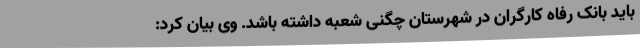
باید بانک رفاه کارگران در شهرستان چگنی شعبه داشته باشد. وی بیان کرد: